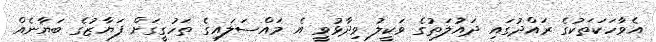
އެވާހަކަތަކުގެ ރައްދުގައި ދައުލަތުގެ ވަކީލު ވިދާޅުވީ އެ މައްސަލައިގެ ތަހުގީގަށް ފަޔާޒުގެ ބަޔާނެއް